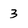
Character: 3